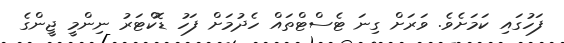
ފަހުގައި ކަމަށެވެ. ވަރަށް ގިނަ ޓެސްޓްތައް ހެދުމަށް ފަހު ޑޮކްޓަރު ނިންމީ ޖީންގެ